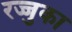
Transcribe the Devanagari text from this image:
रज्जुका